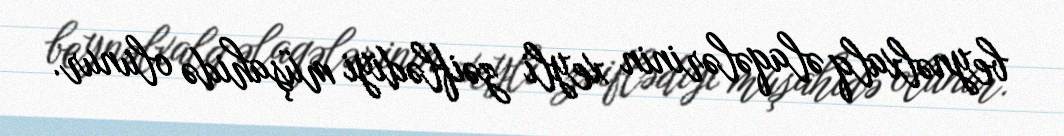
beynəlxalq əlaqələrinin xeyli zəiflədiyi müşahidə olunur.